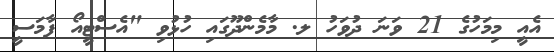
އެއީ މިމަހުގެ 21 ވަނަ ދުވަހު ލ. މާމެންދޫގައި ހުޅުވި "އެސްޓީއޯ ފާމަސީ